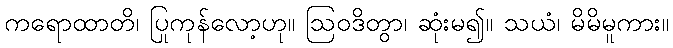
ကရောထာတိ၊ ပြုကုန်လော့ဟု။ ဩဝဒိတွာ၊ ဆုံးမ၍။ သယံ၊ မိမိမူကား။